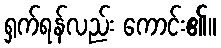
ရှက်ရန်လည်း ကောင်း၏။